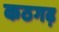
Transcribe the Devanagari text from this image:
कठगढ़